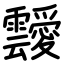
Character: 靉